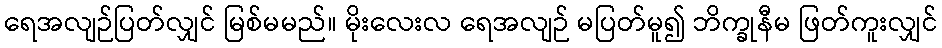
ရေအလျဉ်ပြတ်လျှင် မြစ်မမည်။ မိုးလေးလ ရေအလျဉ် မပြတ်မူ၍ ဘိက္ခုနီမ ဖြတ်ကူးလျှင်